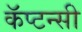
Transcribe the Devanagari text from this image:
कॅप्टन्सी